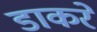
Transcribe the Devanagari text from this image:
डाकरे